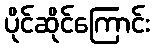
ပိုင်ဆိုင်ကြောင်း